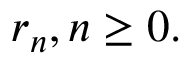
r _ { n } , n \geq 0 .